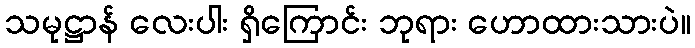
သမုဋ္ဌာန် လေးပါး ရှိကြောင်း ဘုရား ဟောထားသားပဲ။